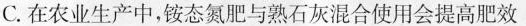
C.在农业生产中，铵态氮肥与熟石灰混合使用会提高肥效